Vaccination in Burma 1920-1933 - 1920-1933
Year: 1920
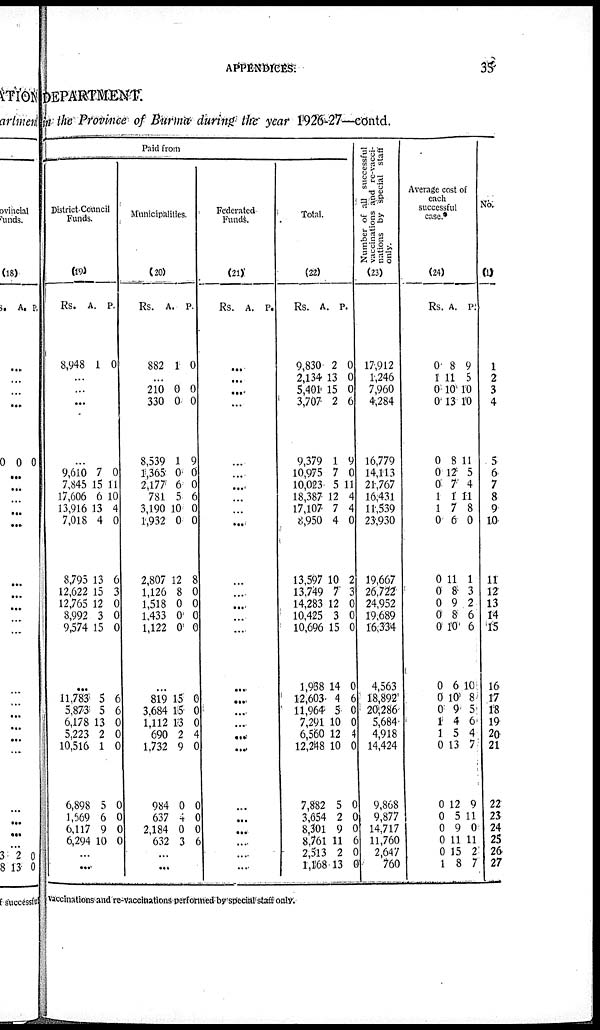
APPENDICES.
35
DEPARTMENT.
in the Province of Burma during the year 1926-27—contd.
Paid from
District Council
Funds.
(19)
Rs.
8,948
A.
1
P.
0
...
...
...
...
9,610
7,845
17,606
13,916
7,018
8,795
12,622
12,765
8,992
9,574
7
15
6
13
4
13
15
12
3
15
0
11
10
4
0
6
3
0
0
0
...
11,783
5,873
6,178
5,223
10,516
6,898
1,569
6,117
6,294
5
5
13
2
1
5
6
9
10
6
6
0
0
0
0
0
0
0
...
...
Municipalities.
(20)
Rs.
882
A.
1
P.
0
...
210
330
8,539
1,365
2,177
781
3,190
1,932
2,807
1,126
1,518
1,433
1,122
0
0
1
0
6
5
10
0
12
8
0
0
0
0
0
9
0
0
6
0
0
8
0
0
0
0
...
819
3,684
1,112
690
1,732
984
637
2,184
632
15
15
13
2
9
0
4
0
3
0
0
0
4
0
0
0
0
6
...
...
Federated
Funds.
(21)
Rs. A. P.
...
...
...
...
...
...
...
...
...
...
...
...
...
...
...
...
...
...
...
...
...
...
...
...
...
...
...
Total.
(22)
Rs.
9,830
2,134
5,401
3,707
9,379
10,975
10,023
18,387
17,107
8,950
13,597
13,749
14,283
10,425
10,696
1,938
12,603
11,964
7,291
6,560
12,248
7,882
3,654
8,301
8,761
2,513
1,168
A.
2
13
15
2
1
7
5
12
7
4
10
7
12
3
15
14
4
5
10
12
10
5
2
9
11
2
13
P.
0
0
0
6
9
0
11
4
4
0
2
3
0
0
0
0
6
0
0
4
0
0
0
0
6
0
0
Number of all successful
vaccinations and re-vacci-
nations by special staff
only.
(23)
17,912
1,246
7,960
4,284
16,779
14,113
21,767
16,431
11,539
23,930
19,667
26,722
24,952
19,689
16,334
4,563
18,892
20,286
5,684
4,918
14,424
9,868
9,877
14,717
11,760
2,647
760
Average cost of
each
successful
case.
(24)
Rs
0
1
0
0
0
0
0
1
1
0
0
0
0
0
0
0
0
0
1
1
0
0
0
0
0
0
1
A.
8
11
10
13
8
12
7
1
7
6
11
8
9
8
10
6
10
9
4
5
13
12
5
9
11
15
8
P.
9
5
10
10
11
5
4
11
8
0
1
3
2
6
6
10
8
5
6
4
7
9
11
0
11
2
7
No.
(1)
1
2
3
4
5
6
7
8
9
10
11
12
13
14
15
16
17
18
19
20
21
22
23
24
25
26
27
Vaccinations and re-vaccinations performed by special staff only.